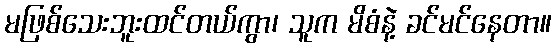
မဖြစ်သေးဘူးထင်တယ်ကွာ၊ သူက မိစံနဲ့ ခင်မင်နေတာ။